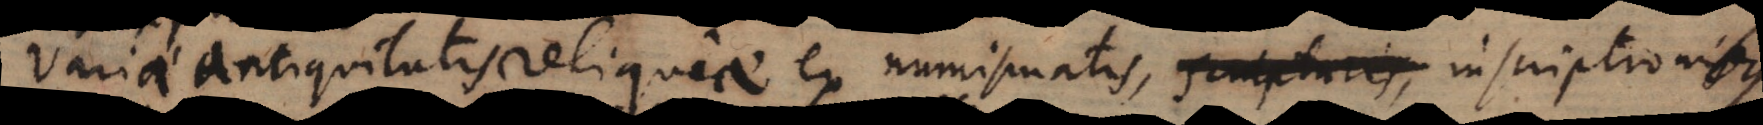
Variae Antiquitatis reliquiae ex numismati[bu]s, sculpturis, inscriptioni